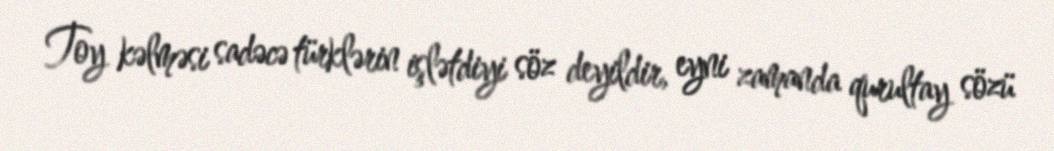
Toy kəlməsi sadəcə türklərin işlətdiyi söz deyildir, eyni zamanda qurultay sözü